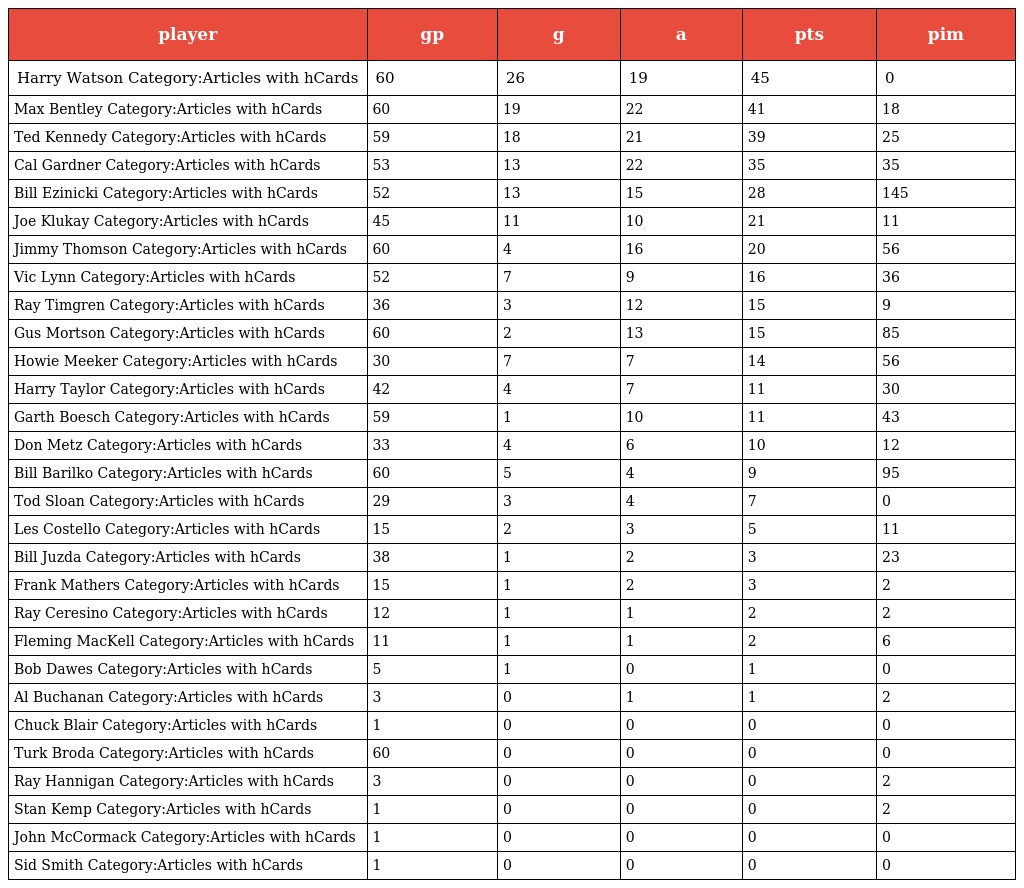
| player | gp | g | a | pts | pim |
 | --- | --- | --- | --- | --- | --- |
 | Harry Watson Category:Articles with hCards | 60 | 26 | 19 | 45 | 0 |
 | Max Bentley Category:Articles with hCards | 60 | 19 | 22 | 41 | 18 |
 | Ted Kennedy Category:Articles with hCards | 59 | 18 | 21 | 39 | 25 |
 | Cal Gardner Category:Articles with hCards | 53 | 13 | 22 | 35 | 35 |
 | Bill Ezinicki Category:Articles with hCards | 52 | 13 | 15 | 28 | 145 |
 | Joe Klukay Category:Articles with hCards | 45 | 11 | 10 | 21 | 11 |
 | Jimmy Thomson Category:Articles with hCards | 60 | 4 | 16 | 20 | 56 |
 | Vic Lynn Category:Articles with hCards | 52 | 7 | 9 | 16 | 36 |
 | Ray Timgren Category:Articles with hCards | 36 | 3 | 12 | 15 | 9 |
 | Gus Mortson Category:Articles with hCards | 60 | 2 | 13 | 15 | 85 |
 | Howie Meeker Category:Articles with hCards | 30 | 7 | 7 | 14 | 56 |
 | Harry Taylor Category:Articles with hCards | 42 | 4 | 7 | 11 | 30 |
 | Garth Boesch Category:Articles with hCards | 59 | 1 | 10 | 11 | 43 |
 | Don Metz Category:Articles with hCards | 33 | 4 | 6 | 10 | 12 |
 | Bill Barilko Category:Articles with hCards | 60 | 5 | 4 | 9 | 95 |
 | Tod Sloan Category:Articles with hCards | 29 | 3 | 4 | 7 | 0 |
 | Les Costello Category:Articles with hCards | 15 | 2 | 3 | 5 | 11 |
 | Bill Juzda Category:Articles with hCards | 38 | 1 | 2 | 3 | 23 |
 | Frank Mathers Category:Articles with hCards | 15 | 1 | 2 | 3 | 2 |
 | Ray Ceresino Category:Articles with hCards | 12 | 1 | 1 | 2 | 2 |
 | Fleming MacKell Category:Articles with hCards | 11 | 1 | 1 | 2 | 6 |
 | Bob Dawes Category:Articles with hCards | 5 | 1 | 0 | 1 | 0 |
 | Al Buchanan Category:Articles with hCards | 3 | 0 | 1 | 1 | 2 |
 | Chuck Blair Category:Articles with hCards | 1 | 0 | 0 | 0 | 0 |
 | Turk Broda Category:Articles with hCards | 60 | 0 | 0 | 0 | 0 |
 | Ray Hannigan Category:Articles with hCards | 3 | 0 | 0 | 0 | 2 |
 | Stan Kemp Category:Articles with hCards | 1 | 0 | 0 | 0 | 2 |
 | John McCormack Category:Articles with hCards | 1 | 0 | 0 | 0 | 0 |
 | Sid Smith Category:Articles with hCards | 1 | 0 | 0 | 0 | 0 |